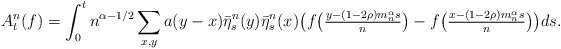
\begin{align*}A_t^n(f) = \int_0^t n^{\alpha -1/2} \sum_{x,y} a(y-x) \bar{\eta}_s^n(y) \bar{\eta}_s^n(x) \big( f\big(\tfrac{y-(1-2\rho)m_n^\alpha s}{n}\big) - f \big( \tfrac{x-(1-2\rho)m_n^\alpha s}{n}\big)\big)ds.\end{align*}